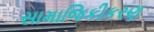
સામાજિકીકરણ